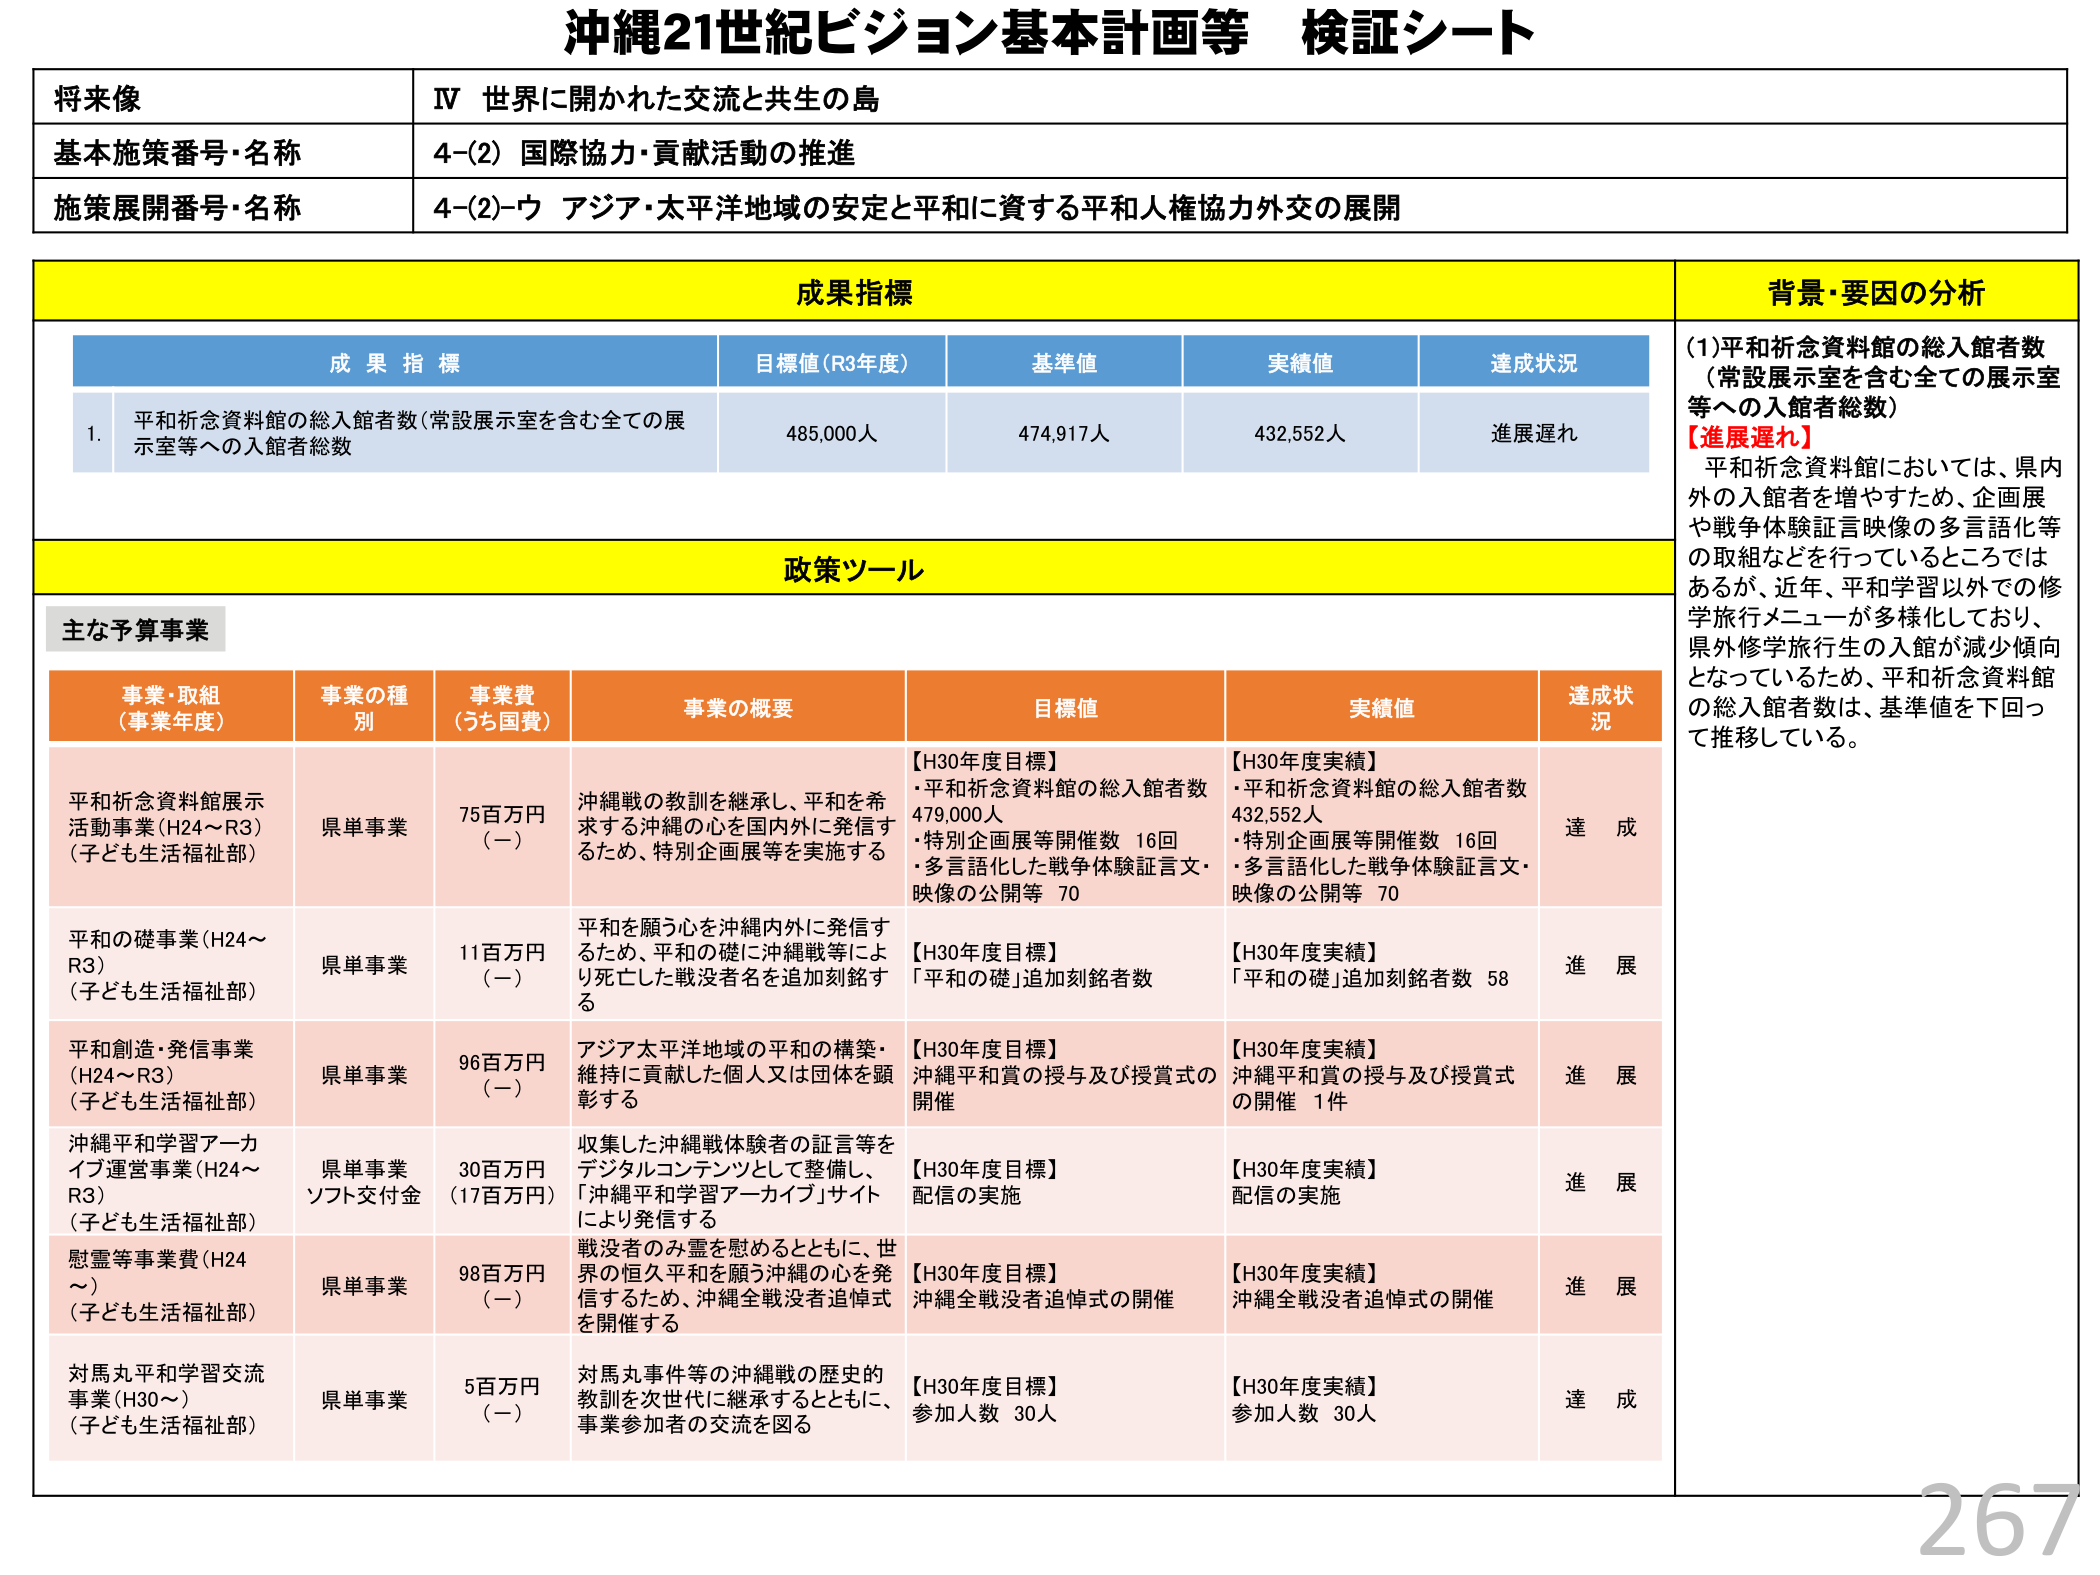
沖縄21世紀ビジョン基本計画等 検証シート

将来像
IV 世界に開かれた交流と共生の島

基本施策番号・名称
4-(2) 国際協力・貢献活動の推進

施策展開番号・名称
4-(2)-ウ アジア・太平洋地域の安定と平和に資する平和人権協力外交の展開

成果指標

成果指標
目標値(R3年度)
基準値
実績値
達成状況

1. 平和祈念資料館の総入館者数（常設展示室を含む全ての展示室等への入館者総数）
485,000人
474,917人
432,552人
進展遅れ

背景・要因の分析

(1)平和祈念資料館の総入館者数
（常設展示室を含む全ての展示室等への入館者総数）
【進展遅れ】
平和祈念資料館においては、県内外の入館者を増やすため、企画展や戦争体験証言映像の多言語化等の取組などを行っているところではあるが、近年、平和学習以外での修学旅行メニューが多様化しており、県外修学旅行生の入館が減少傾向となっているため、平和祈念資料館の総入館者数は、基準値を下回って推移している。

政策ツール

主な予算事業

事業・取組
（事業年度）
事業の種別
事業費
（うち国費）
事業の概要
目標値
実績値
達成状況

平和祈念資料館展示活動事業（H24～R3）
（子ども生活福祉部）
県単事業
75百万円
（－）
沖縄戦の教訓を継承し、平和を希求する沖縄の心を国内外に発信するため、特別企画展等を実施する
【H30年度目標】
・平和祈念資料館の総入館者数 479,000人
・特別企画展等開催数 16回
・多言語化した戦争体験証言文・映像の公開等 70
【H30年度実績】
・平和祈念資料館の総入館者数 432,552人
・特別企画展等開催数 16回
・多言語化した戦争体験証言文・映像の公開等 70
達成

平和の礎事業（H24～R3）
（子ども生活福祉部）
県単事業
11百万円
（－）
平和を願う心を沖縄内外に発信するため、平和の礎に沖縄戦等により死亡した戦没者名を追加刻銘する
【H30年度目標】
「平和の礎」追加刻銘者数
【H30年度実績】
「平和の礎」追加刻銘者数 58
進展

平和創造・発信事業（H24～R3）
（子ども生活福祉部）
県単事業
96百万円
（－）
アジア太平洋地域の平和の構築・維持に貢献した個人又は団体を顕彰する
【H30年度目標】
沖縄平和賞の授与及び授賞式の開催
【H30年度実績】
沖縄平和賞の授与及び授賞式の開催 1件
進展

沖縄平和学習アーカイブ運営事業（H24～R3）
（子ども生活福祉部）
県単事業
ソフト交付金
30百万円
（17百万円）
収集した沖縄戦体験者の証言等をデジタルコンテンツとして整備し、「沖縄平和学習アーカイブ」サイトにより発信する
【H30年度目標】
配信の実施
【H30年度実績】
配信の実施
進展

慰霊等事業費（H24～）
（子ども生活福祉部）
県単事業
98百万円
（－）
戦没者のみ霊を慰めるとともに、世界の恒久平和を願う沖縄の心を発信するため、沖縄全戦没者追悼式を開催する
【H30年度目標】
沖縄全戦没者追悼式の開催
【H30年度実績】
沖縄全戦没者追悼式の開催
進展

対馬丸平和学習交流事業（H30～）
（子ども生活福祉部）
県単事業
5百万円
（－）
対馬丸事件等の沖縄戦の歴史的教訓を次世代に継承するとともに、事業参加者の交流を図る
【H30年度目標】
参加人数 30人
【H30年度実績】
参加人数 30人
達成

267